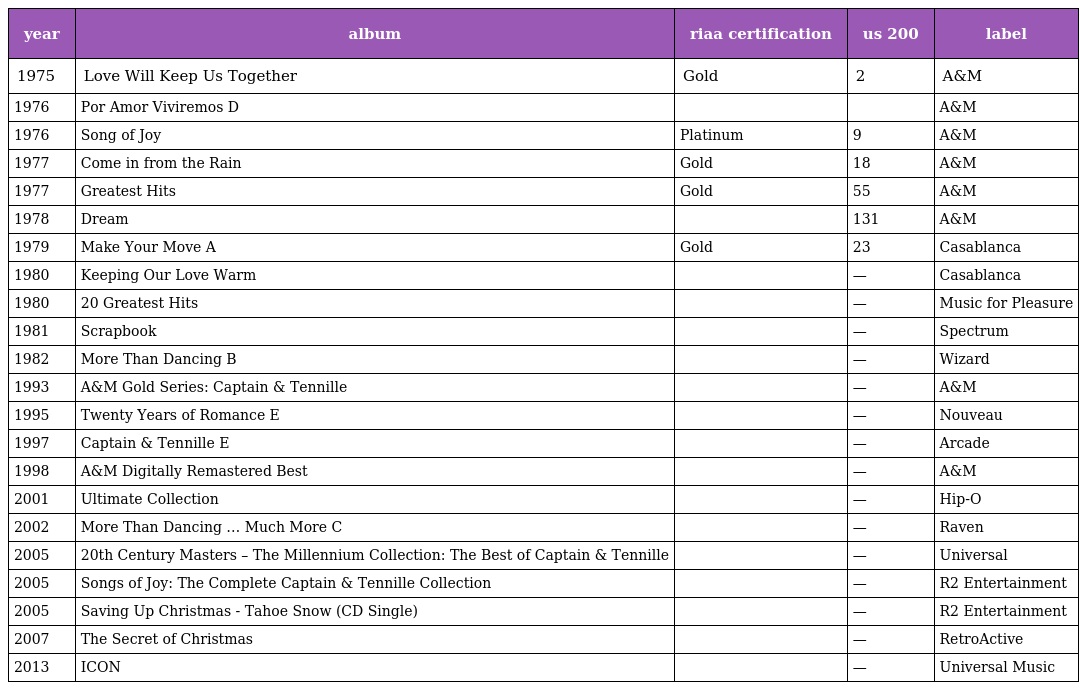
| year | album | riaa certification | us 200 | label |
 | --- | --- | --- | --- | --- |
 | 1975 | Love Will Keep Us Together | Gold | 2 | A&M |
 | 1976 | Por Amor Viviremos D |  |  | A&M |
 | 1976 | Song of Joy | Platinum | 9 | A&M |
 | 1977 | Come in from the Rain | Gold | 18 | A&M |
 | 1977 | Greatest Hits | Gold | 55 | A&M |
 | 1978 | Dream |  | 131 | A&M |
 | 1979 | Make Your Move A | Gold | 23 | Casablanca |
 | 1980 | Keeping Our Love Warm |  | — | Casablanca |
 | 1980 | 20 Greatest Hits |  | — | Music for Pleasure |
 | 1981 | Scrapbook |  | — | Spectrum |
 | 1982 | More Than Dancing B |  | — | Wizard |
 | 1993 | A&M Gold Series: Captain & Tennille |  | — | A&M |
 | 1995 | Twenty Years of Romance E |  | — | Nouveau |
 | 1997 | Captain & Tennille E |  | — | Arcade |
 | 1998 | A&M Digitally Remastered Best |  | — | A&M |
 | 2001 | Ultimate Collection |  | — | Hip-O |
 | 2002 | More Than Dancing … Much More C |  | — | Raven |
 | 2005 | 20th Century Masters – The Millennium Collection: The Best of Captain & Tennille |  | — | Universal |
 | 2005 | Songs of Joy: The Complete Captain & Tennille Collection |  | — | R2 Entertainment |
 | 2005 | Saving Up Christmas - Tahoe Snow (CD Single) |  | — | R2 Entertainment |
 | 2007 | The Secret of Christmas |  | — | RetroActive |
 | 2013 | ICON |  | — | Universal Music |